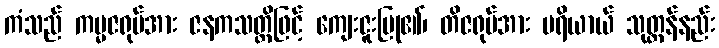
ကံသည် ကမ္မဇရုပ်အား ဇနကသတ္တိဖြင့် ကျေးဇူးပြု၏၊ တိဇရုပ်အား ပရိယာယ် သုတ္တန်နည်း